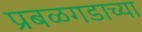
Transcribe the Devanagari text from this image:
प्रबळगडाच्या